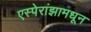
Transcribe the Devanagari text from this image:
एस्पेरांझामधून